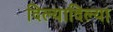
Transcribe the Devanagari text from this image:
दिल्यादिल्या